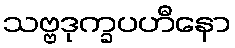
သဗ္ဗဒုက္ခပဟီနော